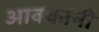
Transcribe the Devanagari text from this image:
आक्कांनी